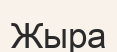
Жыра